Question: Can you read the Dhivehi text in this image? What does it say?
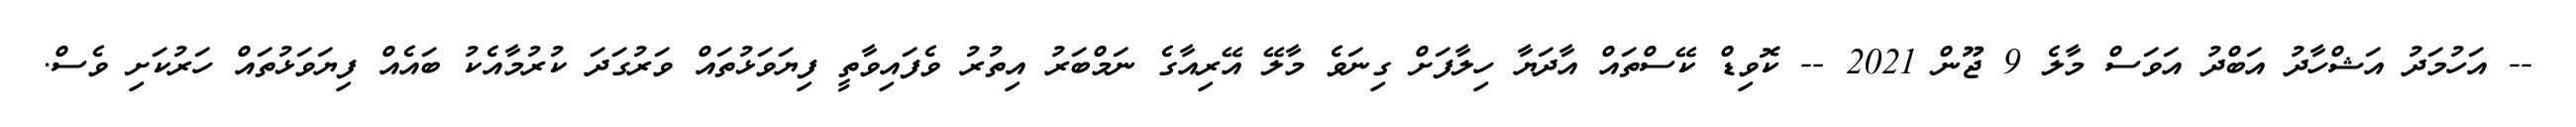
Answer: -- އަހުމަދު އަޝްހާދު އަބްދު އަވަސް މާލެ 9 ޖޫން 2021 -- ކޮވިޑް ކޭސްތައް އާދަޔާ ހިލާފަށް ގިނަވެ މާލޭ އޭރިއާގެ ނަމްބަރު އިތުރު ވެފައިވާތީ ފިޔަވަޅުތައް ވަރުގަދަ ކުރުމާއެކު ބައެއް ފިޔަވަޅުތައް ހަރުކަށި ވެސް.